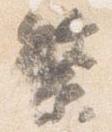
繁